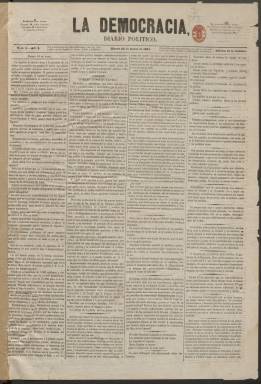
Título: La Democracia (Madrid. 1856)
Colección: Periódicos
Ámbito geográfico: Madrid
Lugar de publicación: Madrid
Fechas: 18/03/1856-14/06/1856